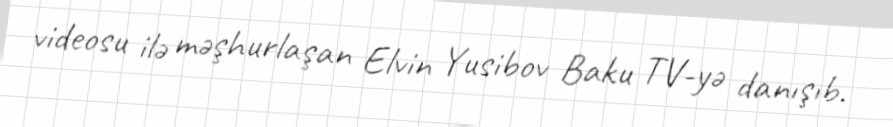
videosu ilə məşhurlaşan Elvin Yusibov Baku TV-yə danışıb.